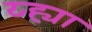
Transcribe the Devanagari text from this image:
य्ह्या